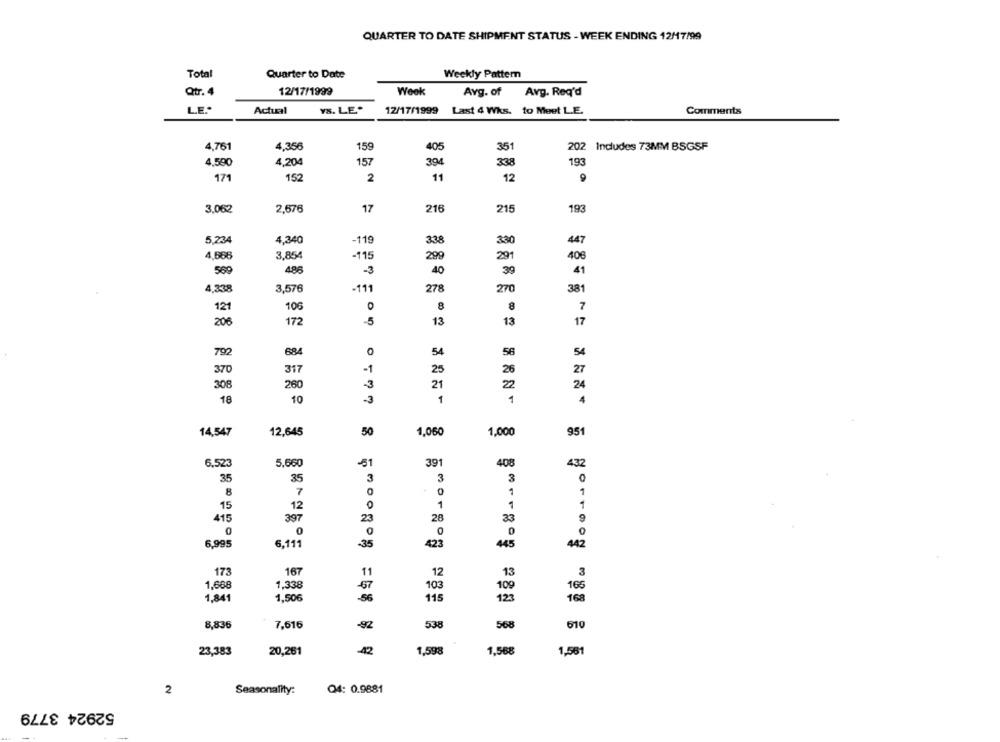
QUARTER TO DATE SHIPMENT STATUS - WEEK ENDING 12/17/99
Total
Quarter to Date
Weekly Pattern
Qtr.4
12/17/1999
Week
Avg. of
Avg. Req'd
LE."
Actual
YS. LE.
12/17/1999
Last 4 Whs. to Meet L.E.
Comments
4,761
4,356
159
405
351
202 Includes 73MM BSGSF
4.500
4,204
157
394
338
193
171
152
2
11
12
9
216
3,062
2,676
17
215
193
5,234
4,340
-119
338
330
447
4.668
3,854
-115
299
291
408
569
486
-3
40
39
41
4,338
3,576
-111
278
270
381
8
121
106
8
7
20€
172
5
13
13
17
792
684
54
56
54
370
317
-1
25
26
27
308
260
-3
21
22
24
18
10
-3
1
4
14,547
12,645
50
1,060
1,000
951
6,523
5,660
-51
391
408
432
35
35
3
3
3
0
7
8
0
1
1
15
12
1
1
415
397
23
20
33
9
0
0
423
6.995
6,11
-35
445
442
173
167
13
11
12
3
1,668
1,338
-67
103
109
166
1,841
1,506
-56
115
123
168
8,836
7,616
-92
538
568
610
23,383
20,261
-42
1,598
1,568
1,561
2
Seasonality:
Q4: 0.9881
52924 3779